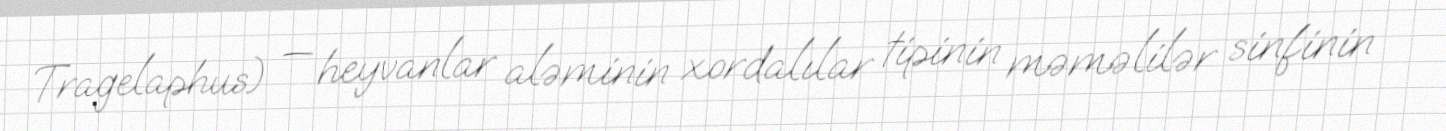
Tragelaphus) — heyvanlar aləminin xordalılar tipinin məməlilər sinfinin